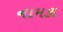
નામકા